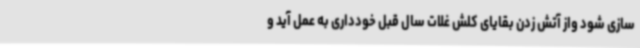
سازی شود واز آتش زدن بقایای کلش غلات سال قبل خودداری به عمل آید و